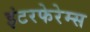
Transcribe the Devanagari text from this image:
इंटरफेरेम्स